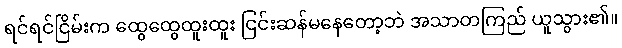
ရင်ရင်ငြိမ်းက ထွေထွေထူးထူး ငြင်းဆန်မနေတော့ဘဲ အသာတကြည် ယူသွား၏။